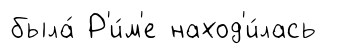
была́ Р'и́м'е наход'и́лась